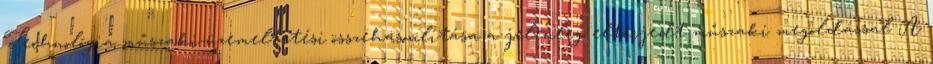
Technológia műszaki-üzemeltetési összehasonlítása a jelenleg elterjedt műszaki megoldással A